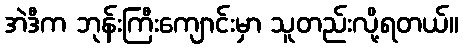
အဲဒီက ဘုန်းကြီးကျောင်းမှာ သူတည်းလို့ရတယ်။